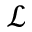
\mathcal { L }